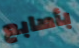
بأصابع